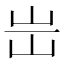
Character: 𡵤